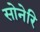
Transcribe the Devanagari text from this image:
सोनेरि